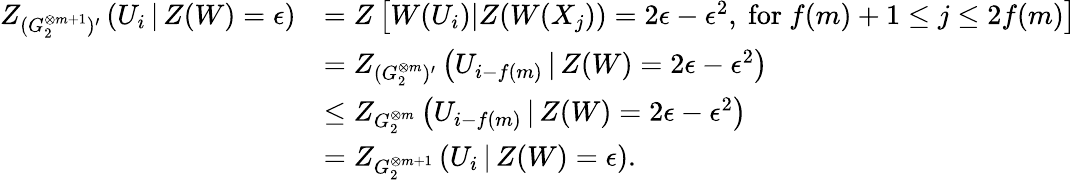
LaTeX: \begin{array}{rl}{Z_{(G_{2}^{\otimes m+1})^{\prime}}\left(U_{i}\, |\, Z(W)=\epsilon\right)}&{=Z\left[W(U_{i})|Z(W(X_{j}))=2\epsilon-\epsilon^{2},\mathrm{~for~}f(m)+1\leq j\leq 2f(m)\right]}\\ &{=Z_{(G_{2}^{\otimes m})^{\prime}}\left(U_{i-f(m)}\, |\, Z(W)=2\epsilon-\epsilon^{2}\right)}\\ &{\leq Z_{G_{2}^{\otimes m}}\left(U_{i-f(m)}\, |\, Z(W)=2\epsilon-\epsilon^{2}\right)}\\ &{=Z_{G_{2}^{\otimes m+1}}\left(U_{i}\, |\, Z(W)=\epsilon\right).}\end{array}